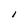
Character: I